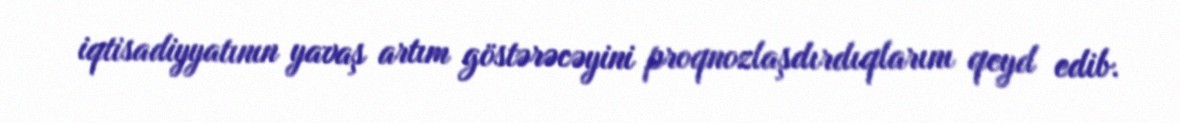
iqtisadiyyatının yavaş artım göstərəcəyini proqnozlaşdırdıqlarını qeyd edib.